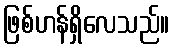
ဖြစ်ဟန်ရှိလေသည်။